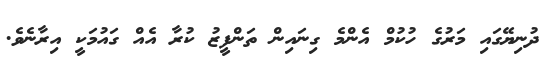
ދުނިޔޭގައި މަރުގެ ހުކުމް އެންމެ ގިނައިން ތަންފީޒު ކުރާ އެއް ގައުމަކީ އިރާނެވެ.